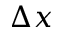
\Delta x